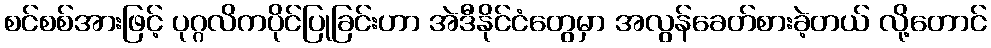
စင်စစ်အားဖြင့် ပုဂ္ဂလိကပိုင်ပြုခြင်းဟာ အဲဒီနိုင်ငံတွေမှာ အလွန်ခေတ်စားခဲ့တယ် လို့တောင်